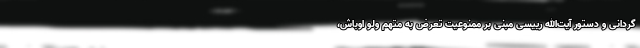
‌گردانی و دستور آیت‌الله رییسی مبنی بر ممنوعیت تعرض به متهم ولو اوباش،